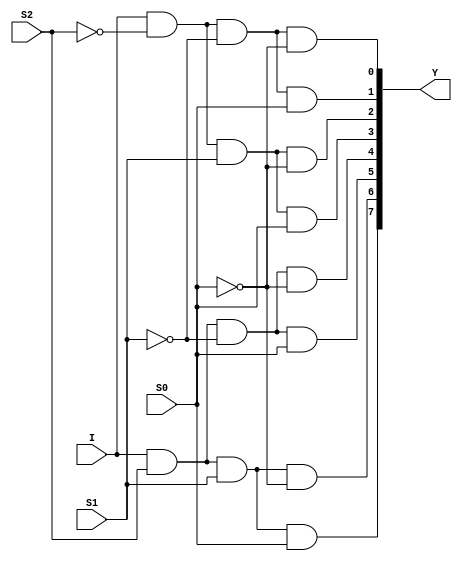
//Structural Modelling for 1:8 DeMux

module deMux_1_to_8_str(I, S2, S1, S0, Y);
input I; input S2, S1, S0; output [7:0]Y;
wire y1, y2, y3;
not (y1, S2); not (y2, S1); not (y3, S0);
and(Y[0], I, y1, y2, y3);
and(Y[1], I, y1, y2, S0);
and(Y[2], I, y1, S1, y3);
and(Y[3], I, y1, S1, S0);
and(Y[4], I, S2, y2, y3);
and(Y[5], I, S2, y2, S0);
and(Y[6], I, S2, S1, y3);
and(Y[7], I, S2, S1, S0);
endmodule